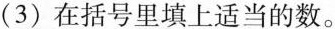
（3）在括号里填上适当的数。